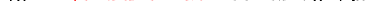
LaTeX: \smash{\gamma_{0}\equiv\ensuremath{\mathrm{\ textsl{v}}_{0}}^{2}/\mu}